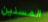
المسنين